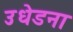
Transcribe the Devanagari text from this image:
उधेडना